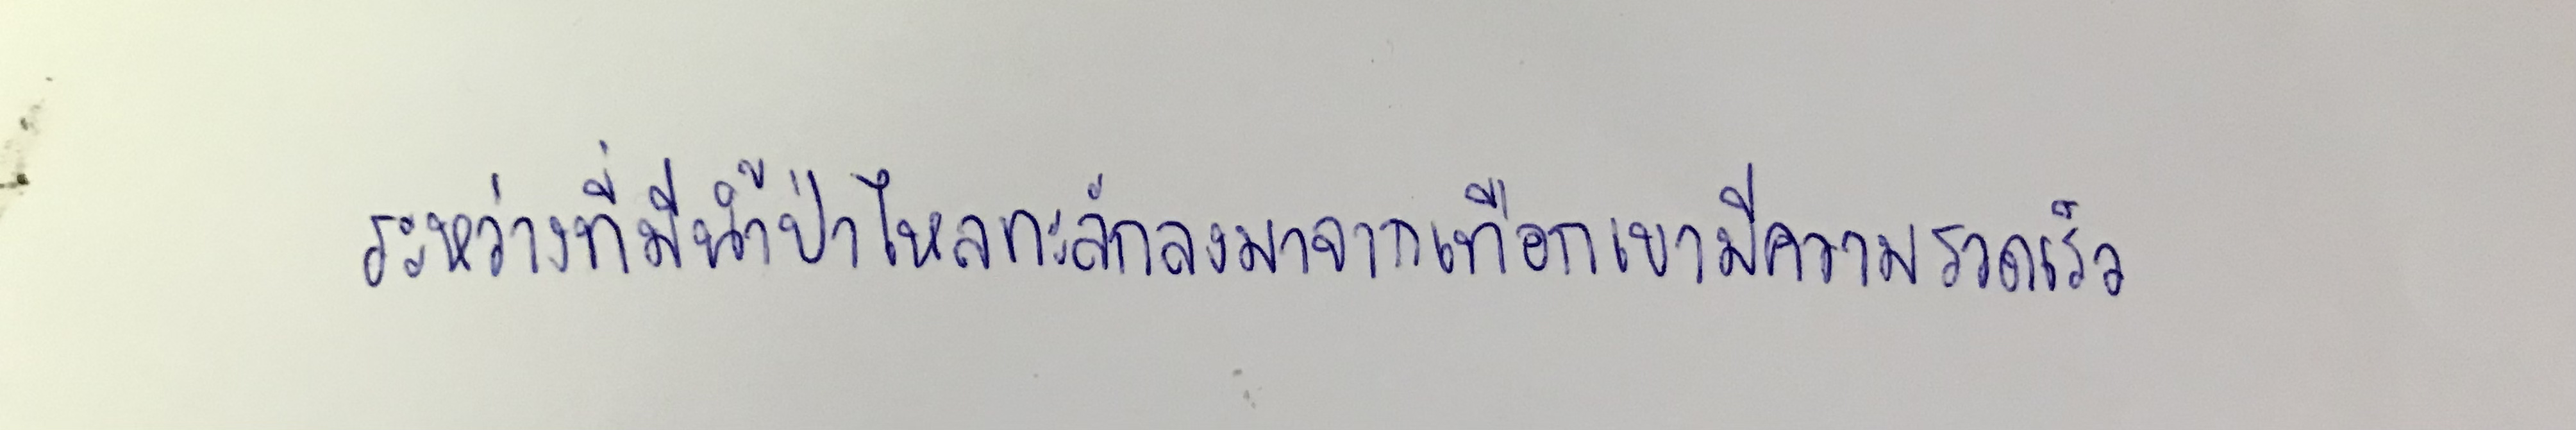
ระหว่างที่มีน้ำป่าไหลทะลักลงมาจากเทือกเขามีความรวดเร็ว